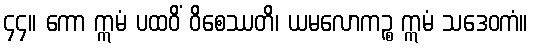
၄၄။ ကော ဣမံ ပထဝိံ ဝိစေဿတိ၊ ယမလောကဉ္စ ဣမံ သဒေဝကံ။